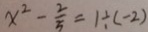
x ^ { 2 } - \frac { 2 } { 5 } = 1 \div ( - 2 )